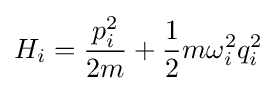
H_{i}={\frac {p_{i}^{2}}{2m}}+{\frac {1}{2}}m\omega _{i}^{2}q_{i}^{2}